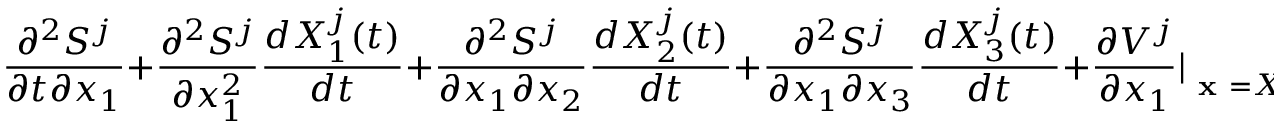
\frac { \partial ^ { 2 } S ^ { j } } { \partial t \partial x _ { 1 } } + \frac { \partial ^ { 2 } S ^ { j } } { \partial x _ { 1 } ^ { 2 } } \frac { d X _ { 1 } ^ { j } ( t ) } { d t } + \frac { \partial ^ { 2 } S ^ { j } } { \partial x _ { 1 } \partial x _ { 2 } } \frac { d X _ { 2 } ^ { j } ( t ) } { d t } + \frac { \partial ^ { 2 } S ^ { j } } { \partial x _ { 1 } \partial x _ { 3 } } \frac { d X _ { 3 } ^ { j } ( t ) } { d t } + \frac { \partial V ^ { j } } { \partial x _ { 1 } } \vert _ { \textbf { x } = X ^ { j } ( t ) } = 0